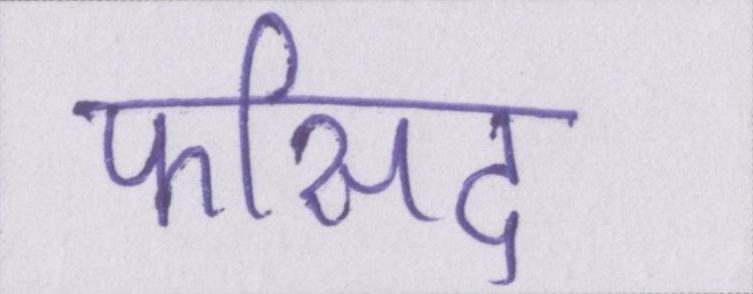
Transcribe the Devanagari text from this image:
फीसद